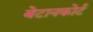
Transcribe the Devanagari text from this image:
बेटानकोर्ट